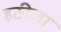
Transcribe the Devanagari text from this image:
हठीला